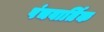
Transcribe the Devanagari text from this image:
पंचवार्तिक